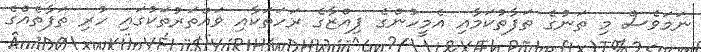
ނަމަވެސް މި ތަނުގެ ތަފާތުކަމާއި އެމީހުންގެ ޕިއްޒާގެ ރަހަތަކާއި ވައްތަރުތަކުގައި ހުރި ތަފާތެއްގެ